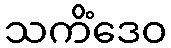
သကိံဒေဝ